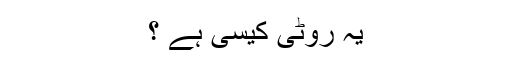
يہ روٹی کيسی ہے ؟